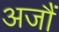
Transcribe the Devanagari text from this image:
अजौं